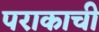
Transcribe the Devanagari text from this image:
पराकाची